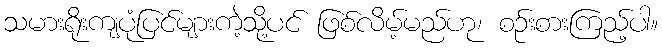
သမားရိုးကျပုံပြင်များကဲ့သို့ပင် ဖြစ်လိမ့်မည်ဟု၊ စဉ်းစားကြည့်ပါ။